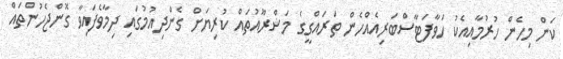
ކަން މިހެން ހުރުމާއިއެކު ހަވާފަޓާސްބަރިއެއްހެން ތަރައްގީގެ މަޝްރޫއުތައް ކުރިޔަށް ގެންދިއުމުގައި ދިމާވެފައިވާ ގޮންޖެހުންތައް